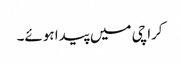
کراچی میں پیدا ہوئے۔